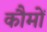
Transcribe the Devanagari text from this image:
कौमों